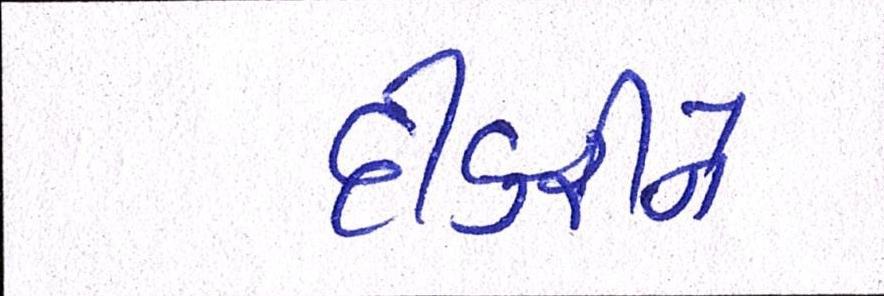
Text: દીકરીને